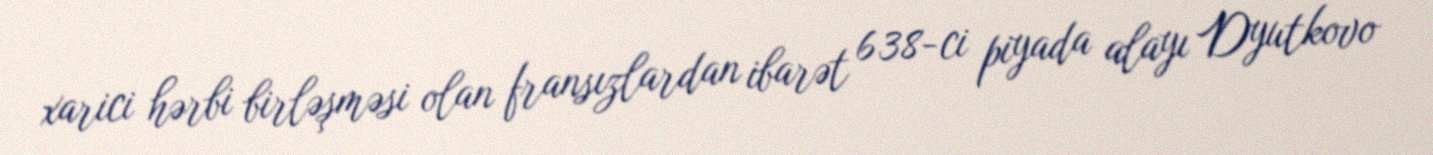
xarici hərbi birləşməsi olan fransızlardan ibarət 638-ci piyada alayı Dyutkovo